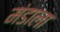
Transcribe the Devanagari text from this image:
मंडाला